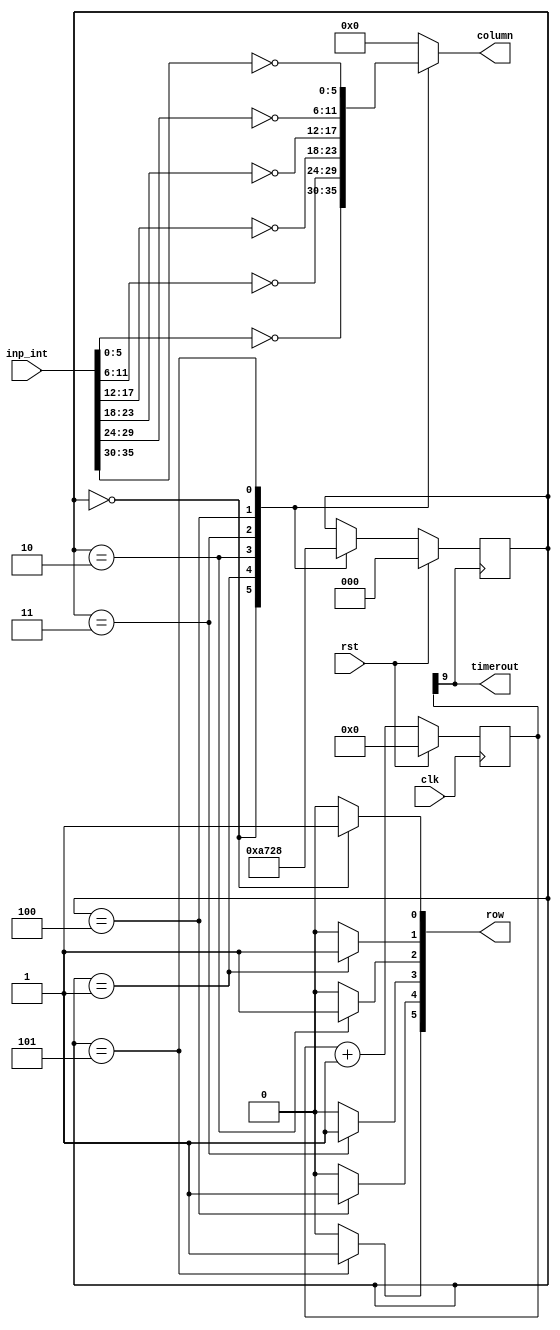
/*
   This file was generated automatically by the Mojo IDE version B1.3.6.
   Do not edit this file directly. Instead edit the original Lucid source.
   This is a temporary file and any changes made to it will be destroyed.
*/

module led_multiplexer_2 (
    input clk,
    input rst,
    output reg [5:0] row,
    output reg [5:0] column,
    input [35:0] inp_int,
    output reg timerout
  );
  
  
  
  localparam N = 4'ha;
  
  reg [9:0] M_timer_d, M_timer_q = 1'h0;
  
  
  localparam ONE_column_sel = 3'd0;
  localparam TWO_column_sel = 3'd1;
  localparam THREE_column_sel = 3'd2;
  localparam FOUR_column_sel = 3'd3;
  localparam FIVE_column_sel = 3'd4;
  localparam SIX_column_sel = 3'd5;
  
  reg [2:0] M_column_sel_d, M_column_sel_q = ONE_column_sel;
  
  always @* begin
    M_column_sel_d = M_column_sel_q;
    M_timer_d = M_timer_q;
    
    timerout = M_timer_q[9+0-:1];
    row = 8'h00;
    column = 8'h00;
    
    case (M_column_sel_q)
      ONE_column_sel: begin
        row[0+0-:1] = 1'h1;
        column = ~inp_int[0+5-:6];
        M_column_sel_d = TWO_column_sel;
      end
      TWO_column_sel: begin
        row[1+0-:1] = 1'h1;
        column = ~inp_int[6+5-:6];
        M_column_sel_d = THREE_column_sel;
      end
      THREE_column_sel: begin
        row[2+0-:1] = 1'h1;
        column = ~inp_int[12+5-:6];
        M_column_sel_d = FOUR_column_sel;
      end
      FOUR_column_sel: begin
        row[3+0-:1] = 1'h1;
        column = ~inp_int[18+5-:6];
        M_column_sel_d = FIVE_column_sel;
      end
      FIVE_column_sel: begin
        row[4+0-:1] = 1'h1;
        column = ~inp_int[24+5-:6];
        M_column_sel_d = SIX_column_sel;
      end
      SIX_column_sel: begin
        row[5+0-:1] = 1'h1;
        column = ~inp_int[30+5-:6];
        M_column_sel_d = ONE_column_sel;
      end
    endcase
    M_timer_d = M_timer_q + 1'h1;
  end
  
  always @(posedge M_timer_q[9+0-:1]) begin
    if (rst == 1'b1) begin
      M_column_sel_q <= 1'h0;
    end else begin
      M_column_sel_q <= M_column_sel_d;
    end
  end
  
  
  always @(posedge clk) begin
    if (rst == 1'b1) begin
      M_timer_q <= 1'h0;
    end else begin
      M_timer_q <= M_timer_d;
    end
  end
  
endmodule